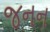
જનન